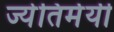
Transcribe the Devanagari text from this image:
ज्येतिर्मयी